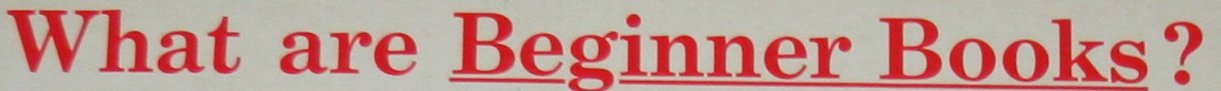
What are Beginner Books?